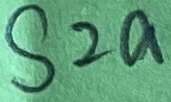
Text: S2a